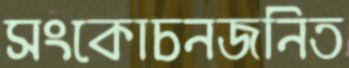
সংকোচনজনিত